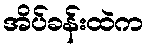
အိပ်ခန်းထဲက